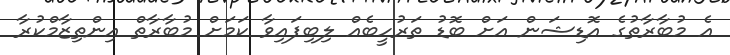
އެ މުބާރާތުގެ އޮޑިޝަން އަށް ބޮޑު ތަރުހީބެއް ލިބިފައިވާ ކަމަށް މުބާރާތް އިންތިޒާމްކުރާ